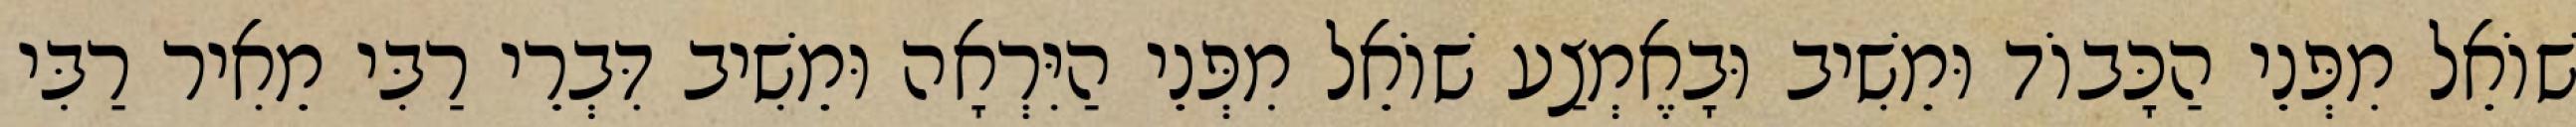
שׁוֹאֵל מִפְּנֵי הַכָּבוֹד וּמֵשִׁיב וּבָאֶמְצַע שׁוֹאֵל מִפְּנֵי הַיִּרְאָה וּמֵשִׁיב דִּבְרֵי רַבִּי מֵאִיר רַבִּי